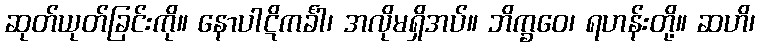
ဆုတ်ယုတ်ခြင်းကို။ နောပါဋိကင်္ခါ၊ အလိုမရှိအပ်။ ဘိက္ခဝေ၊ ရဟန်းတို့။ ဆဟိ၊